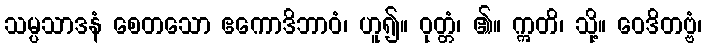
သမ္ပသာဒနံ စေတသော ဧကောဒိဘာဝံ၊ ဟူ၍။ ဝုတ္တံ၊ ၏။ ဣတိ၊ သို့။ ဝေဒိတဗ္ဗံ၊